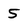
Character: 5